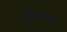
નાગવાસણ